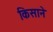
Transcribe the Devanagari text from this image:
किसाने